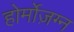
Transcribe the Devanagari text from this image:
होर्मोज़ग्न